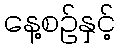
နေ့စဉ်နှင့်